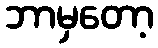
ဘာမှတော့